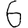
Digit: 6